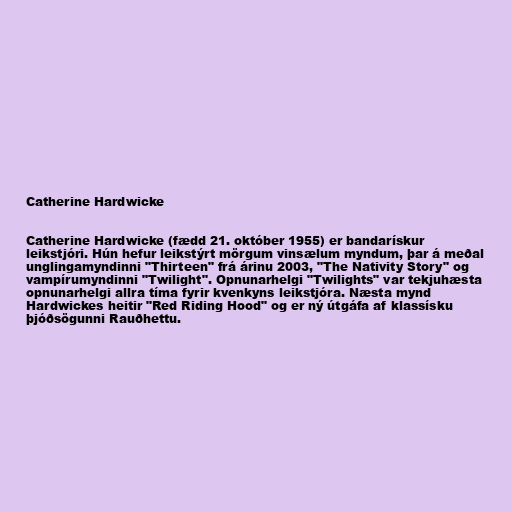
Catherine Hardwicke

Catherine Hardwicke (fædd 21. október 1955) er bandarískur
leikstjóri. Hún hefur leikstýrt mörgum vinsælum myndum, þar á meðal
unglingamyndinni "Thirteen" frá árinu 2003, "The Nativity Story" og
vampírumyndinni "Twilight". Opnunarhelgi "Twilights" var tekjuhæsta
opnunarhelgi allra tíma fyrir kvenkyns leikstjóra. Næsta mynd
Hardwickes heitir "Red Riding Hood" og er ný útgáfa af klassísku
þjóðsögunni Rauðhettu.